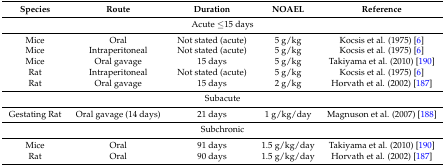
<table><thead><tr><td><b>Species</b></td><td><b>Route</b></td><td><b>Duration</b></td><td><b>NOAEL</b></td><td><b>Reference</b></td></tr></thead><tbody><tr><td colspan="5">Acute ≤15 days</td></tr><tr><td>Mice</td><td>Oral</td><td>Not stated (acute)</td><td>5 g/kg</td><td>Kocsis et al. (1975) [6]</td></tr><tr><td>Mice</td><td>Intraperitoneal</td><td>Not stated (acute)</td><td>5 g/kg</td><td>Kocsis et al. (1975) [6]</td></tr><tr><td>Mice</td><td>Oral gavage</td><td>15 days</td><td>5 g/kg</td><td>Takiyama et al. (2010) [190]</td></tr><tr><td>Rat</td><td>Intraperitoneal</td><td>Not stated (acute)</td><td>5 g/kg</td><td>Kocsis et al. (1975) [6]</td></tr><tr><td>Rat</td><td>Oral gavage</td><td>15 days</td><td>2 g/kg</td><td>Horvath et al. (2002) [187]</td></tr><tr><td colspan="5">Subacute</td></tr><tr><td>Gestating Rat</td><td>Oral gavage (14 days)</td><td>21 days</td><td>1 g/kg/day</td><td>Magnuson et al. (2007) [188]</td></tr><tr><td colspan="5">Subchronic</td></tr><tr><td>Mice</td><td>Oral</td><td>91 days</td><td>1.5 g/kg/day</td><td>Takiyama et al. (2010) [190]</td></tr><tr><td>Rat</td><td>Oral</td><td>90 days</td><td>1.5 g/kg/day</td><td>Horvath et al. (2002) [187]</td></tr></tbody></table>